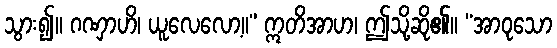
သွား၍။ ဂဏှာဟိ၊ ယူလေလော့။” ဣတိအာဟ၊ ဤသို့ဆို၏။ “အာဝုသော